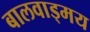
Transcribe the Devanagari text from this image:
बालवाड्मय